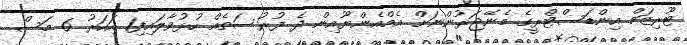
ޓޫރިޒަމް އިންޑަސްޓްރީގެ މެނޭޖަރުންނަށް އެމްއެންޔޫއިން ދެ ފުރުސަތެއް ހުޅުވާލައިފި1 އަހަރު 6 މަސް